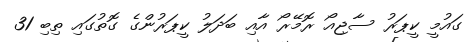
ގައުމީ ކީޕަރު ސާޖިއޯ ރޮމޭރޯ އާއި ބަދަލު ކީޕަރުންގެ ގޮތުގައި ތިބި 31